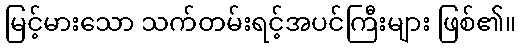
မြင့်မားသော သက်တမ်းရင့်အပင်ကြီးများ ဖြစ်၏။